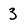
Character: 3